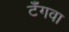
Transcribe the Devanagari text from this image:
टँगवा